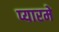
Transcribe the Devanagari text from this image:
प्यारमे